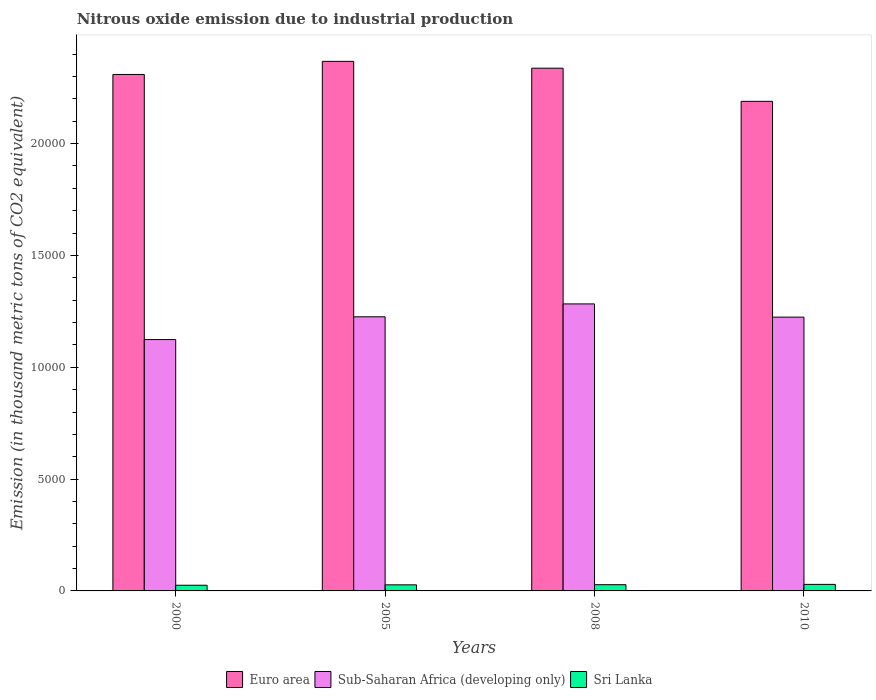
| Years | Euro area | Sub-Saharan Africa (developing only) | Sri Lanka |
 | --- | --- | --- | --- |
 | 2000 | 2.31e+04 | 1.12e+04 | 254 |
 | 2005 | 2.37e+04 | 1.23e+04 | 272 |
 | 2008 | 2.34e+04 | 1.28e+04 | 278 |
 | 2010 | 2.19e+04 | 1.22e+04 | 292 |